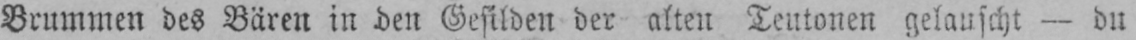
Brummen des Bären in den Gefilden der alten Teutonen gelauscht - du